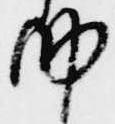
納